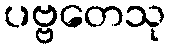
ပဗ္ဗတေသု